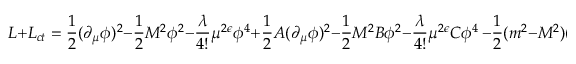
{ \cal L } + { \cal L } _ { c t } = { \frac { 1 } { 2 } } ( \partial _ { \mu } \phi ) ^ { 2 } - { \frac { 1 } { 2 } } M ^ { 2 } \phi ^ { 2 } - { \frac { \lambda } { 4 ! } } \mu ^ { 2 \epsilon } \phi ^ { 4 } + { \frac { 1 } { 2 } } A ( \partial _ { \mu } \phi ) ^ { 2 } - { \frac { 1 } { 2 } } M ^ { 2 } B \phi ^ { 2 } - { \frac { \lambda } { 4 ! } } \mu ^ { 2 \epsilon } C \phi ^ { 4 } \, - { \frac { 1 } { 2 } } ( m ^ { 2 } - M ^ { 2 } ) ( 1 + B ) \phi ^ { 2 }